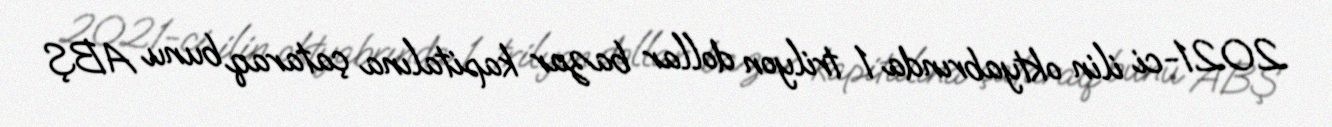
2021-ci ilin oktyabrında 1 trilyon dollar bazar kapitalına çataraq bunu ABŞ